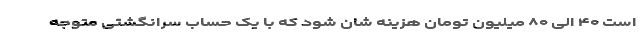
است ۴۰ الی ۸۰ میلیون تومان هزینه شان شود که با یک حساب سرانگشتی متوجه